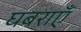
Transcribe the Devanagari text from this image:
घबराएँ